Report on the lunatic asylums in Bengal - 1862-
Year: 1862
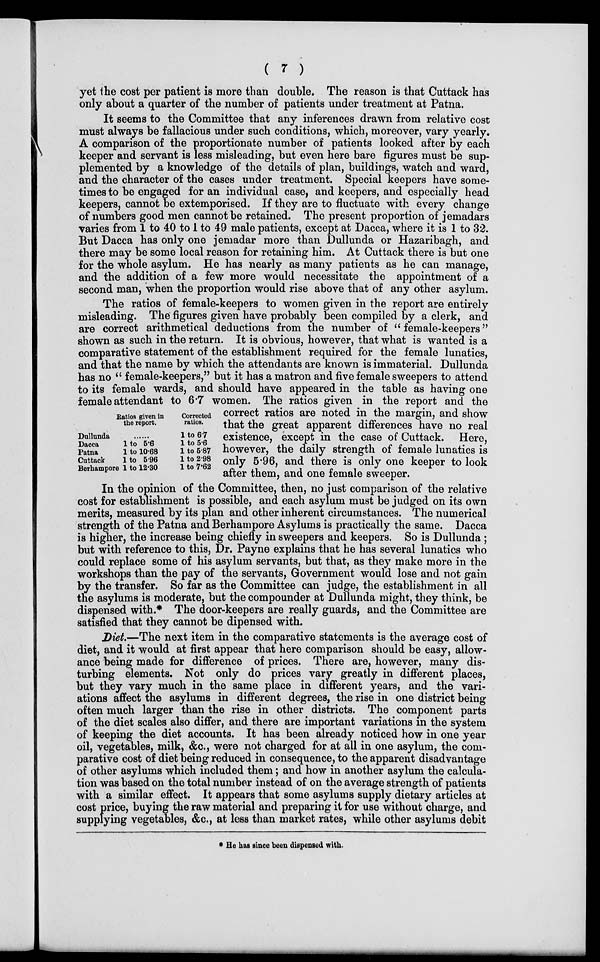
( 7 )
yet the cost per patient is more than double. The reason is that Cuttack has
only about a quarter of the number of patients under treatment at Patna.
It seems to the Committee that any inferences drawn from relative cost
must always be fallacious under such conditions, which, moreover, vary yearly.
A comparison of the proportionate number of patients looked after by each
keeper and servant is less misleading, but even here bare figures must be sup-
plemented by a knowledge of the details of plan, buildings, watch and ward,
and the character of the cases under treatment. Special keepers have some-
times to be engaged for an individual case, and keepers, and especially head
keepers, cannot be extemporised. If they are to fluctuate with every change
of numbers good men cannot be retained. The present proportion of jemadars
varies from 1 to 40 to 1 to 49 male patients, except at Dacca, where it is 1 to 32.
But Dacca has only one jemadar more than Dullunda or Hazaribagh, and
there may be some local reason for retaining him. At Cuttack there is but one
for the whole asylum. He has nearly as many patients as he can manage,
and the addition of a few more would necessitate the appointment of a
second man, when the proportion would rise above that of any other asylum.
Dullunda
Dacca
Patna
Cuttack
Berhampore
Ratios given in
the report.
......
1 to 5.6
1 to 10.68
1 to 5.96
1 to 12.30
Corrected
ratios.
1 to 6.7
1 to 5.6
1 to 5.87
1 to 2.98
1 to 7.62
The ratios of female-keepers to women given in the report are entirely
misleading. The figures given have probably been compiled by a clerk, and
are correct arithmetical deductions from the number of " female-keepers"
shown as such in the return. It is obvious, however, that what is wanted is a
comparative statement of the establishment required for the female lunatics,
and that the name by which the attendants are known is immaterial. Dullunda
has no " female-keepers," but it has a matron and five female sweepers to attend
to its female wards, and should have appeared in the table as having one
female attendant to 6.7 women. The ratios given in the report and the
correct ratios are noted in the margin, and show
that the great apparent differences have no real
existence, except in the case of Cuttack. Here,
however, the daily strength of female lunatics is
only 5.96, and there is only one keeper to look
after them, and one female sweeper.
In the opinion of the Committee, then, no just comparison of the relative
cost for establishment is possible, and each asylum must be judged on its own
merits, measured by its plan and other inherent circumstances. The numerical
strength of the Patna and Berhampore Asylums is practically the same. Dacca
is higher, the increase being chiefly in sweepers and keepers. So is Dullunda ;
but with reference to this, Dr. Payne explains that he has several lunatics who
could replace some of his asylum servants, but that, as they make more in the
workshops than the pay of the servants, Government would lose and not gain
by the transfer. So far as the Committee can judge, the establishment in all
the asylums is moderate, but the compounder at Dullunda might, they think, be
dispensed with.* The door-keepers are really guards, and the Committee are
satisfied that they cannot be dipensed with.
Diet.—The next item in the comparative statements is the average cost of
diet, and it would at first appear that here comparison should be easy, allow-
ance being made for difference of prices. There are, however, many dis-
turbing elements. Not only do prices vary greatly in different places,
but they vary much in the same place in different years, and the vari-
ations affect the asylums in different degrees, the rise in one district being
often much larger than the rise in other districts. The component parts
of the diet scales also differ, and there are important variations in the system
of keeping the diet accounts. It has been already noticed how in one year
oil, vegetables, milk, &c., were not charged for at all in one asylum, the com-
parative cost of diet being reduced in consequence, to the apparent disadvantage
of other asylums which included them; and how in another asylum the calcula-
tion was based on the total number instead of on the average strength of patients
with a similar effect. It appears that some asylums supply dietary articles at
cost price, buying the raw material and preparing it for use without charge, and
supplying vegetables, &c., at less than market rates, while other asylums debit
* He has since been dispensed with.